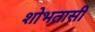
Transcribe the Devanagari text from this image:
शोभतासी